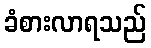
ခံစားလာရသည်